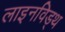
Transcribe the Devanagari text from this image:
लाइनविड्थ